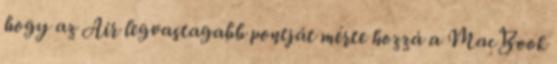
hogy az Air legvastagabb pontját mérte hozzá a MacBook